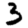
Digit: 3